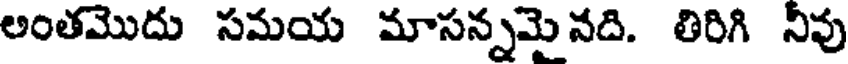
అంతమొదు సమయ మాసన్నమైనది. తిరిగి నీవు